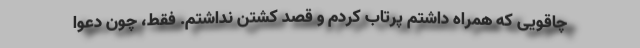
چاقویی که همراه داشتم پرتاب کردم و قصد کشتن نداشتم. فقط، چون دعوا